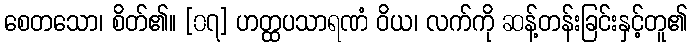
စေတသော၊ စိတ်၏။ [၀၇] ဟတ္ထပသာရဏံ ဝိယ၊ လက်ကို ဆန့်တန်းခြင်းနှင့်တူ၏